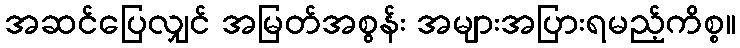
အဆင်ပြေလျှင် အမြတ်အစွန်း အများအပြားရမည့်ကိစ္စ။